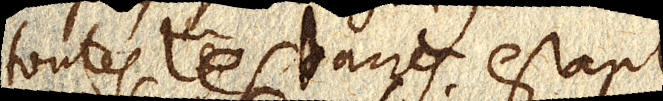
toutes les barres estant